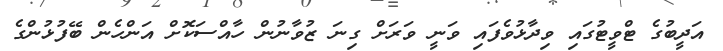
އަދީބުގެ ޓްވީޓުގައި ވިދާޅުވެފައި ވަނީ ވަރަށް ގިނަ ޒުވާނުން ހާއްސަކޮށް އަންހެން ބޭފުޅުންގެ